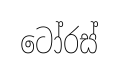
ටෝරස්